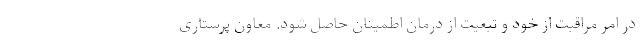
در امر مراقبت از خود و تبعیت از درمان اطمینان حاصل شود. معاون پرستاری